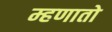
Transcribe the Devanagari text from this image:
म्हणातो